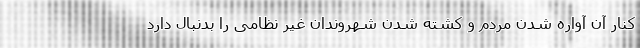
کنار آن آواره شدن مردم و کشته شدن شهروندان غیر نظامی را بدنبال دارد